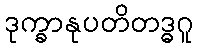
ဒုက္ခာနုပတိတဒ္ဓဂူ